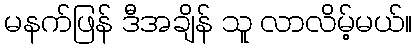
မနက်ဖြန် ဒီအချိန် သူ လာလိမ့်မယ်။